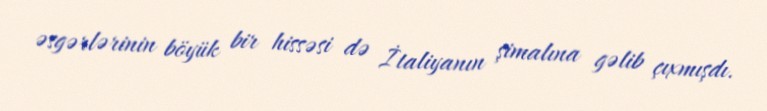
əsgərlərinin böyük bir hissəsi də İtaliyanın şimalına gəlib çıxmışdı.